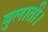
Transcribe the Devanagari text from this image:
बुलाती।